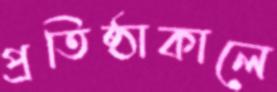
প্রতিষ্ঠাকালে